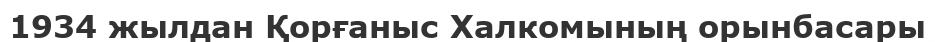
1934 жылдан Қорғаныс Халкомының орынбасары